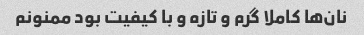
نان‌ها کاملا گرم و تازه و با کیفیت بود ممنونم